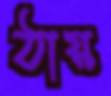
ঠায়